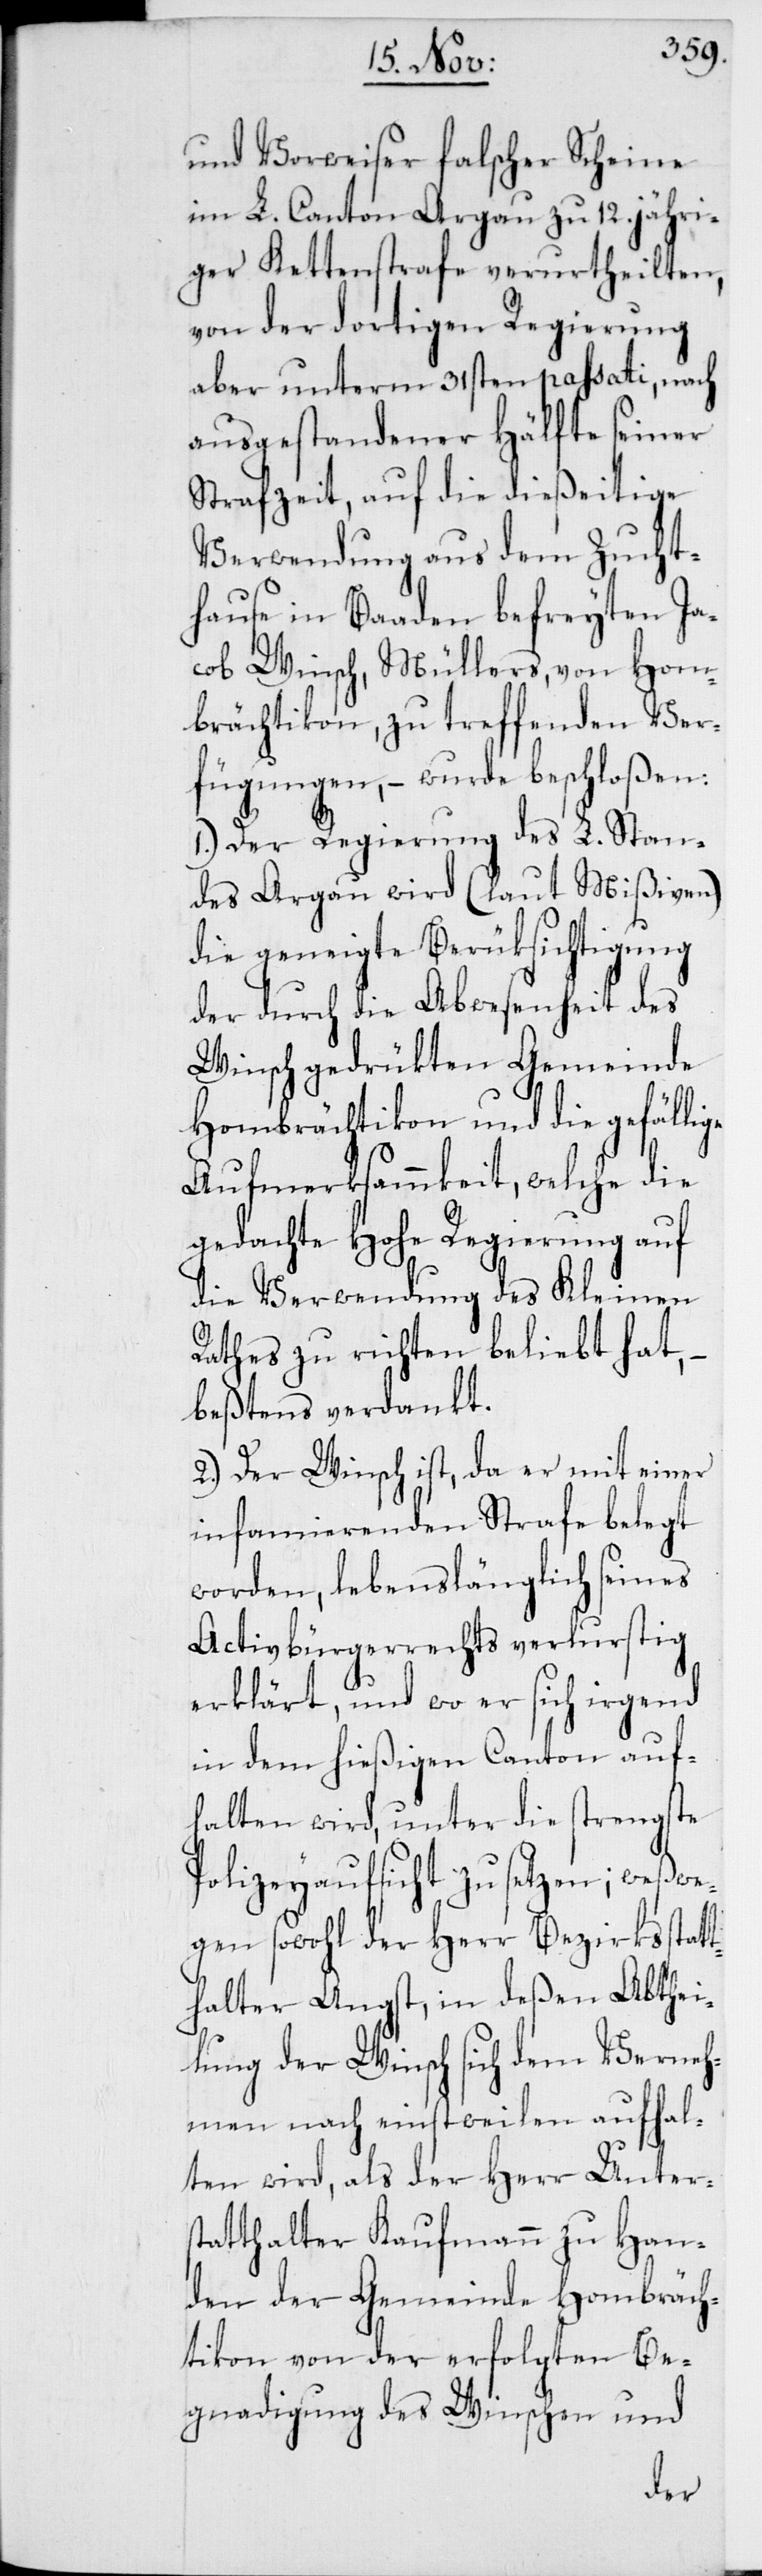
und Vorweiser falscher Sche¬
im L. Canton Aargau zu 12. jähr¬
iger Kettenstrafe verurtheilten,
von der dortigen Regierung
aber unterm 31sten passati, nach
ausgestandener Hälfte seiner
Strafzeit, auf die dießeitige
Verwendung aus dem Zucht¬
hause in Baaden befreyten Ja¬
cob Winsch, Müllers, von Hom¬
brächtikon, zu treffenden Ver¬
fügungen, – wurde beschloßen:
1. Der Regierung des L. Stan¬
des Argau wird (laut Mißiven)
die geneigte Berüksichtigung
der durch die Abwesenheit des
Winsch gedrükten Gemeinde
Hombrächtikon und die gefällige
Aufmerksammkeit, welche die
gedachte Hohe Regierung auf
die Verwendung des Kleinen
Rathes zu richten beliebt hat,
bestens verdankt.
2. Der Winsch ist, da er mit einer
infamierenden Strafe belegt
worden, lebenslänglich seines
Activbürgerrechts verlurstig
erklärt, und wo er sich irgend
in dem hießigen Canton auf¬
halten wird, unter die strengste
Polizeyaufsicht zu setzen; weßwe¬
gen sowohl der Herr Bezirkssta¬
halter Angst, in deßen Abth¬
lung der Winsch sich dem Verneh¬
men nach einstweilen aufhal¬
ten wird, als der Herr Unter¬
statthalter Kaufmann zu Han¬
mbräch¬
den der Gemeinde Ho¬
tikon von der erfolgten Be¬
gnadigung des Winschen
und